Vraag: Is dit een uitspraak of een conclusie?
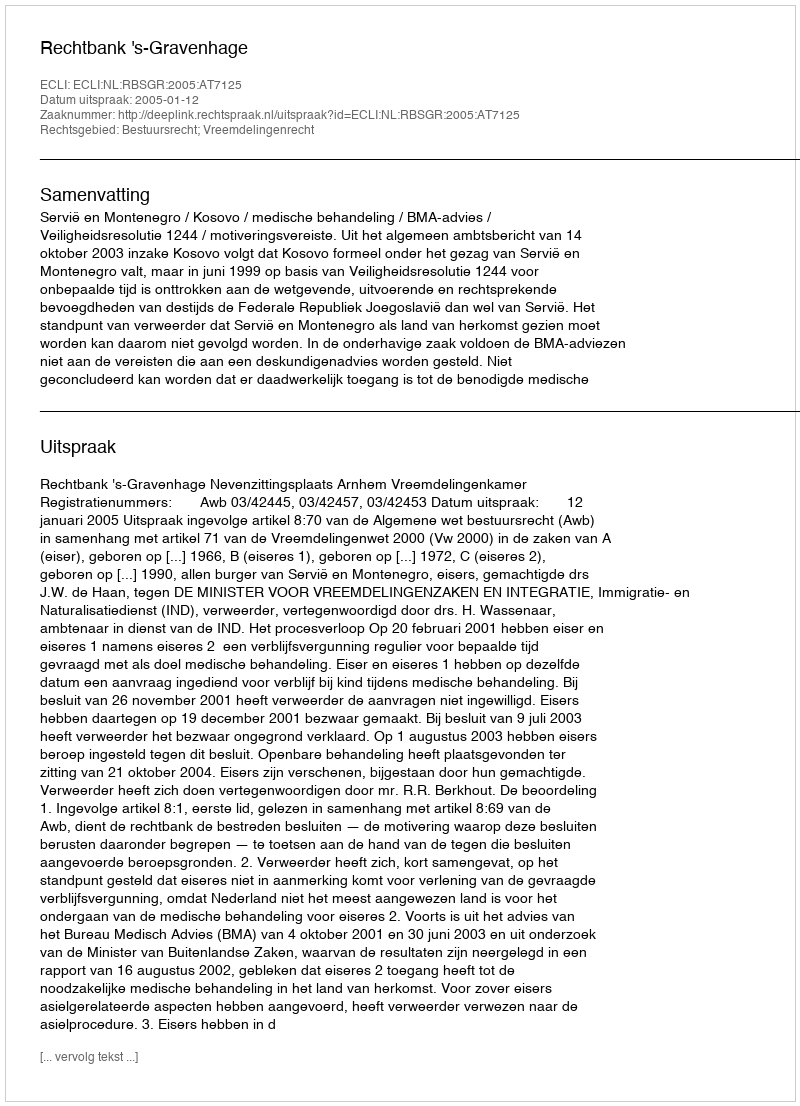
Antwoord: Uitspraak